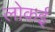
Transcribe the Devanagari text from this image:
लोकई